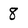
Character: 8